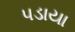
પડાયા